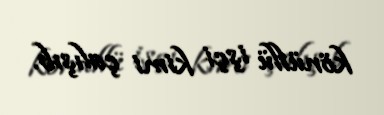
könüllü işçi kimi çalışıb.